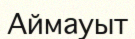
Аймауыт